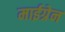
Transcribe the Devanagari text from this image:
माईग्रेन